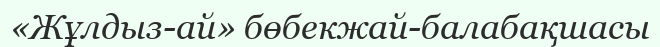
«Жұлдыз-ай» бөбекжай-балабақшасы